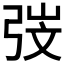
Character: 𭚱